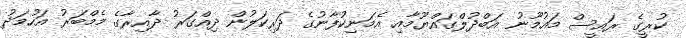
ކުރީގެ ރައީސް މައުމޫނު އަބްދުލްގައްޔޫމާއި އެމަނިކުފާނުގެ ދަރިކަލުން ދިއްގަރު ދާއިރާގެ މެމްބަރު އަހުމަދު